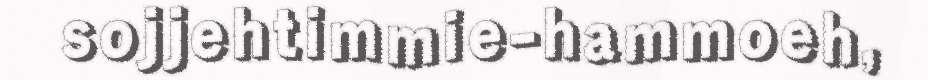
sojjehtimmie-hammoeh,